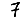
Digit: 7